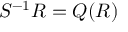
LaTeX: S ^ { - 1 } R = Q ( R )